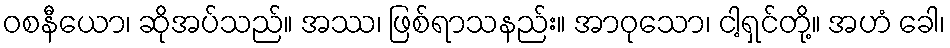
ဝစနီယော၊ ဆိုအပ်သည်။ အဿ၊ ဖြစ်ရာသနည်း။ အာဝုသော၊ ငါ့ရှင်တို့။ အဟံ ခေါ၊